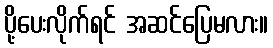
ပို့ပေးလိုက်ရင် အဆင်ပြေမလား။